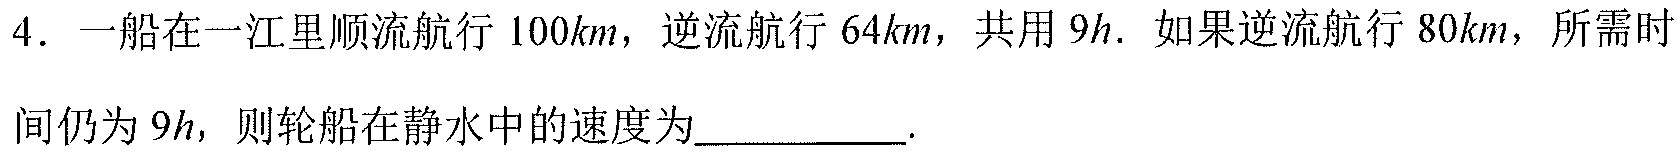
4. 一船在一江里顺流航行 \(100km\)，逆流航行 \(64km\)，共用 \(9h\). 如果逆流航行 \(80km\)，所需时
间仍为 \(9h\)，则轮船在静水中的速度为_________.